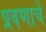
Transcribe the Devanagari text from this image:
प्रवणाचे